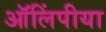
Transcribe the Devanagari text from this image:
ऑलिंपीया